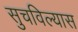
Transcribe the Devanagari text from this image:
सुचविल्यास